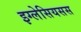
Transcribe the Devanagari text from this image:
इग्लेसियसस